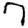
Digit: 7